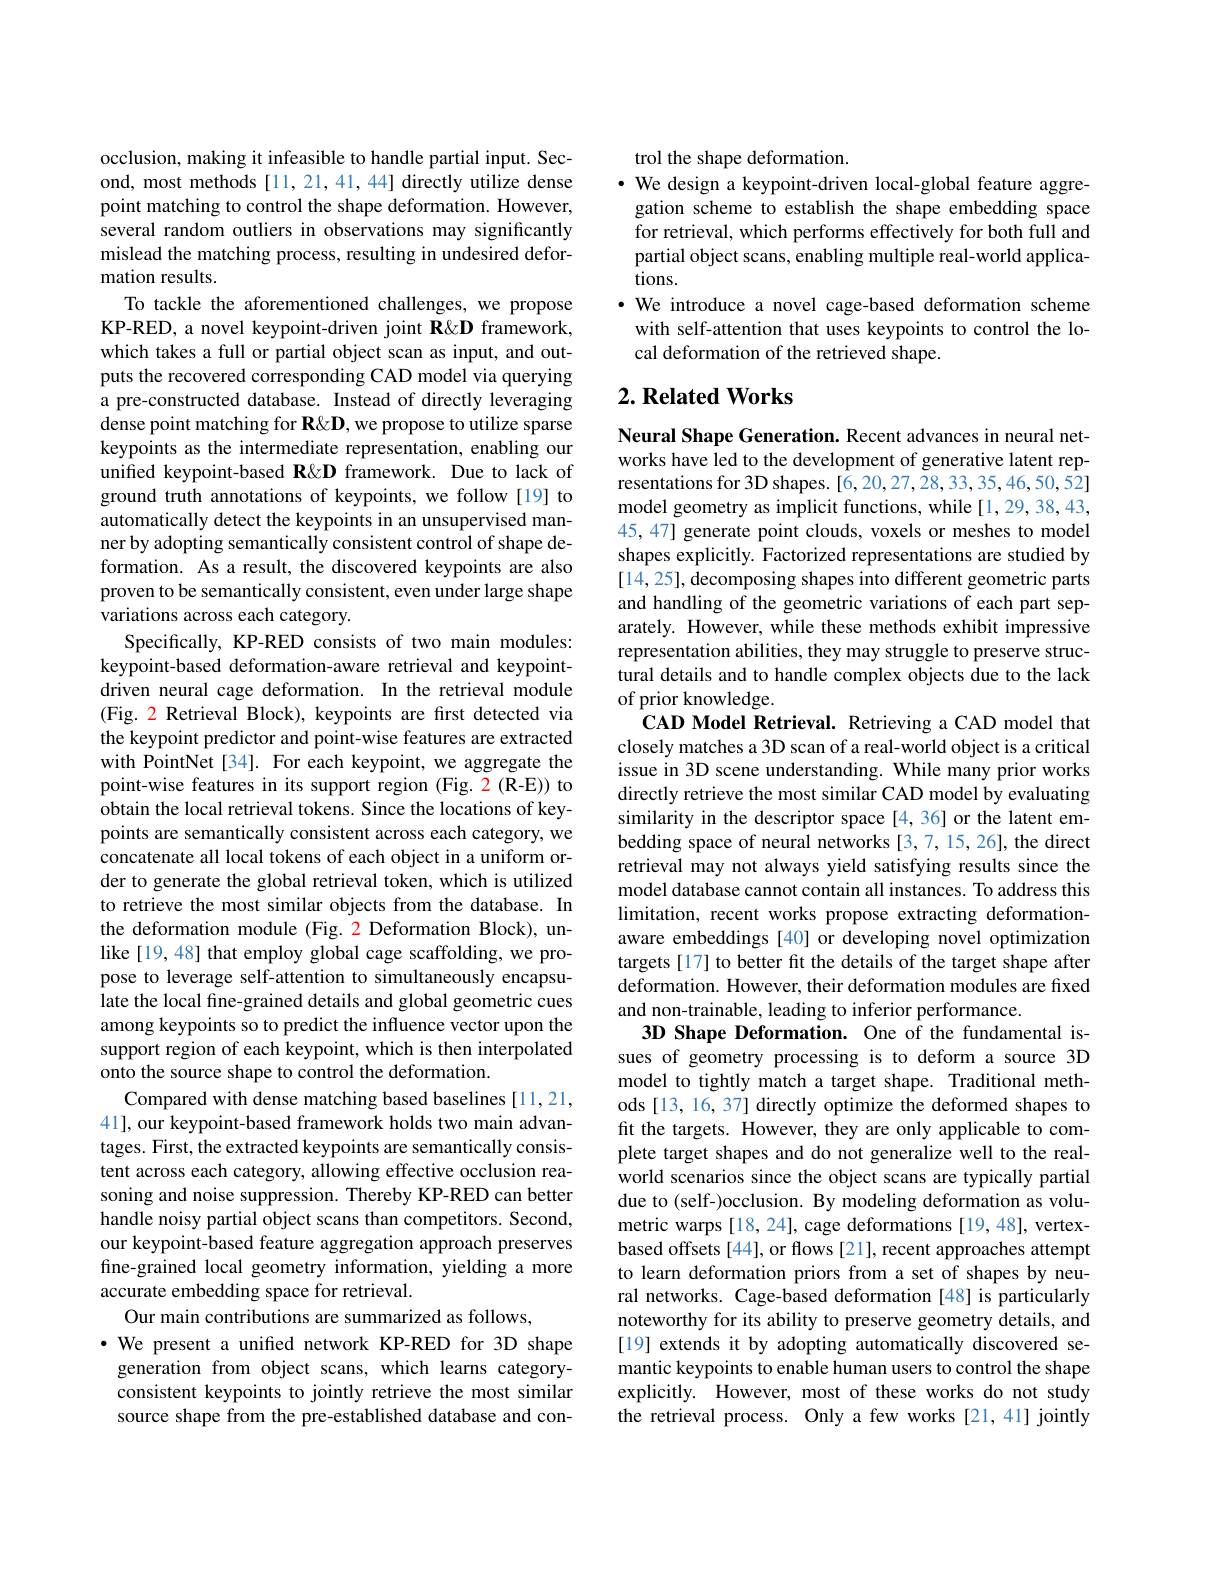
occlusion, making it infeasible to handle partial input. Second, most methods [11,21,41,44] directly utilize dense point matching to control the shape deformation. However, several random outliers in observations may significantly mislead the matching process, resulting in undesired deformation results.
To tackle the aforementioned challenges, we propose KP-RED, a novel keypoint-driven joint R&D framework, which takes a full or partial object scan as input, and outputs the recovered corresponding CAD model via querying a pre-constructed database. Instead of directly leveraging dense point matching for R&D, we propose to utilize sparse keypoints as the intermediate representation, enabling our unified keypoint-based R&D framework. Due to lack of ground truth annotations of keypoints, we follow [19] to automatically detect the keypoints in an unsupervised manner by adopting semantically consistent control of shape deformation. As a result, the discovered keypoints are also proven to be semantically consistent, even under large shape variations across each category.
Specifically, KP-RED consists of two main modules: keypoint-based deformation-aware retrieval and keypointdriven neural cage deformation. In the retrieval module (Fig. 2 Retrieval Block), keypoints are first detected via the keypoint predictor and point-wise features are extracted with PointNet[34]. For each keypoint, we aggregate the point-wise features in its support region (Fig. 2(R-E)) to obtain the local retrieval tokens. Since the locations of keypoints are semantically consistent across each category, we concatenate all local tokens of each object in a uniform order to generate the global retrieval token, which is utilized to retrieve the most similar objects from the database. In the deformation module (Fig. 2 Deformation Block), unlike [19,48] that employ global cage scaffolding, we propose to leverage self-attention to simultaneously encapsulate the local fine-grained details and global geometric cues among keypoints so to predict the influence vector upon the support region of each keypoint, which is then interpolated onto the source shape to control the deformation.
Compared with dense matching based baselines [11,21, 41], our keypoint-based framework holds two main advantages. First, the extracted keypoints are semantically consistent across each category, allowing effective occlusion reasoning and noise suppression. Thereby KP-RED can better handle noisy partial object scans than competitors. Second, our keypoint-based feature aggregation approach preserves fine-grained local geometry information, yielding a more accurate embedding space for retrieval.
Our main contributions are summarized as follows,
·We present a unified network KP-RED for 3D shape
generation from object scans, which learns categoryconsistent keypoints to jointly retrieve the most similar source shape from the pre-established database and con-

trol the shape deformation.
· We design a keypoint-driven local-global feature aggre-
gation scheme to establish the shape embedding space for retrieval, which performs effectively for both full and partial object scans, enabling multiple real-world applications.
·We introduce a novel cage-based deformation scheme
with self-attention that uses keypoints to control the lo-
cal deformation of the retrieved shape.

## $2. \textbf{ Related Works}$

Neural Shape Generation. Recent advances in neural networks have led to the development of generative latent representations for 3D shapes. [6,20,27,28,33,35,46,50,52] model geometry as implicit functions, while [1,29,38,43, 45, 47] generate point clouds, voxels or meshes to model shapes explicitly. Factorized representations are studied by [14, 25], decomposing shapes into different geometric parts and handling of the geometric variations of each part separately. However, while these methods exhibit impressive representation abilities, they may struggle to preserve structural details and to handle complex objects due to the lack of prior knowledge.
CAD Model Retrieval. Retrieving a CAD model that closely matches a 3D scan of a real-world object is a critical issue in 3D scene understanding. While many prior works directly retrieve the most similar CAD model by evaluating similarity in the descriptor space [4,36] or the latent embedding space of neural networks [3,7,15,26], the direct retrieval may not always yield satisfying results since the model database cannot contain all instances. To address this limitation, recent works propose extracting deformationaware embeddings [40] or developing novel optimization targets [17] to better fit the details of the target shape after deformation. However, their deformation modules are fixed and non-trainable, leading to inferior performance.
3D Shape Deformation. One of the fundamental issues of geometry processing is to deform a source 3D model to tightly match a target shape. Traditional methods [13, 16, 37] directly optimize the deformed shapes to fit the targets. However, they are only applicable to complete target shapes and do not generalize well to the realworld scenarios since the object scans are typically partial due to (self-)occlusion. By modeling deformation as volumetric warps [18, 24], cage deformations [19, 48], vertexbased offsets [44], or flows [21], recent approaches attempt to learn deformation priors from a set of shapes by neural networks. Cage-based deformation [48] is particularly noteworthy for its ability to preserve geometry details, and [19] extends it by adopting automatically discovered semantic keypoints to enable human users to control the shape explicitly. However, most of these works do not study the retrieval process. Only a few works [21,41] jointly